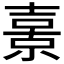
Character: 𭐗